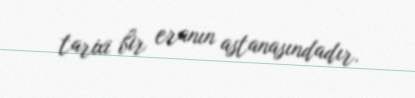
tarixi bir eranın astanasındadır.